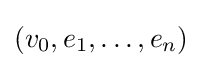
(v_{0},e_{1},\ldots ,e_{n})